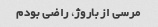
مرسی از باروژ، راضی بودم